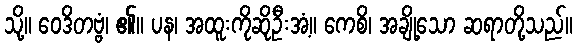
သို့။ ဝေဒိတဗ္ဗံ၊ ၏။ ပန၊ အထူးကိုဆိုဦးအံ့။ ကေစိ၊ အချို့သော ဆရာတို့သည်။